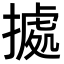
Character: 㨿